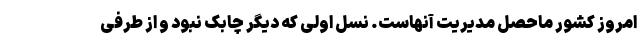
امروز کشور ماحصل مدیریت آنهاست. نسل اولی که دیگر چابک نبود و از طرفی